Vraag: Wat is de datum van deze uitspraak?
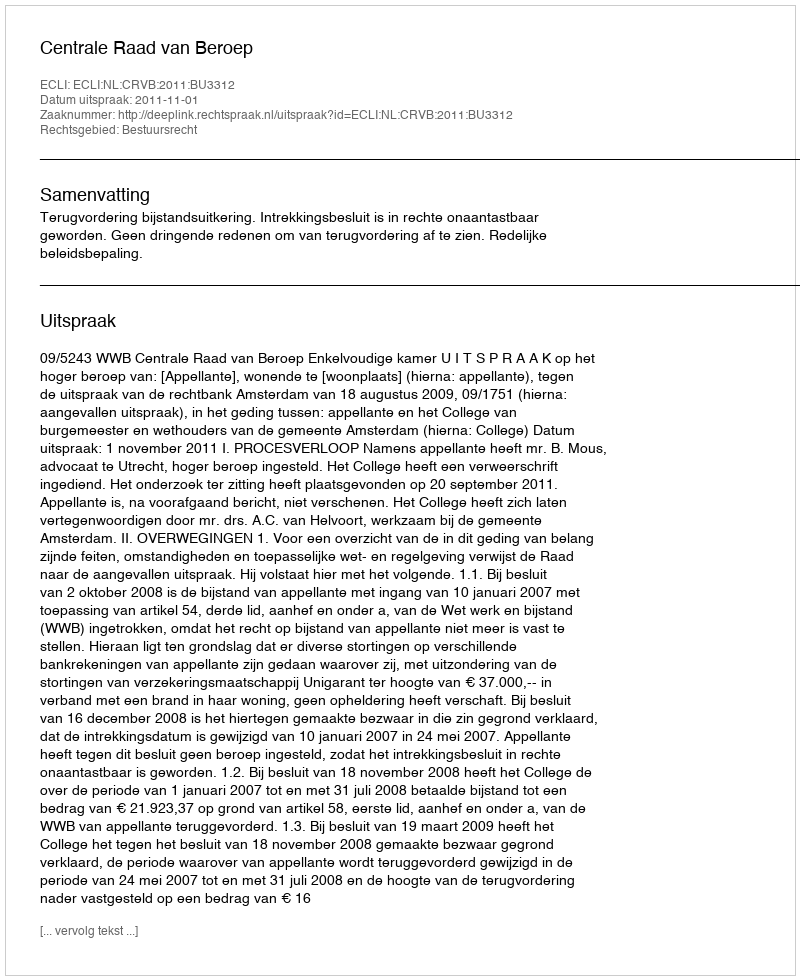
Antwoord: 2011-11-01